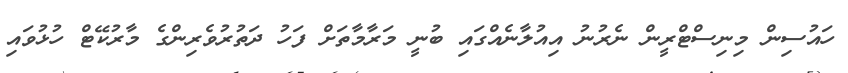
ހައުސިން މިނިސްޓްރީން ނެރުނު އިއުލާނެއްގައި ބުނީ މަރާމާތަށް ފަހު ދަތުރުވެރިންގެ މާރުކޭޓް ހުޅުވައި